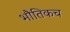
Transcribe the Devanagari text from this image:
भौतिकच